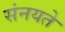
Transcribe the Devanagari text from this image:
संनयते